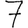
Digit: 7